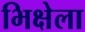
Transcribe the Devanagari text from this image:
भिक्षेला